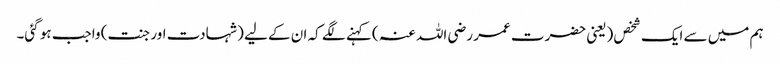
ہم میں سے ایک شخص (یعنی حضرت عمر رضی اللہ عنہ ) کہنے لگے کہ ان کے لیے (شہادت اور جنت) واجب ہو گئی۔